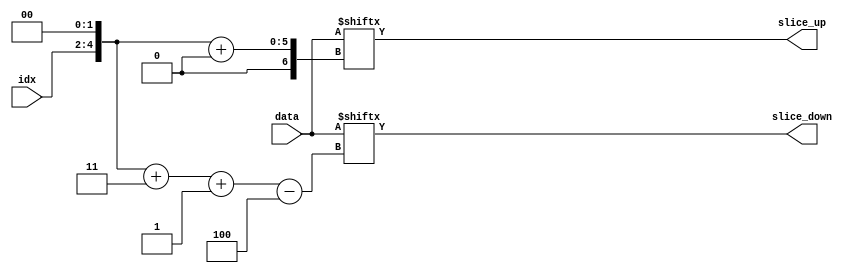
module partsel_test001(input [2:0] idx, input [31:0] data, output [3:0] slice_up, slice_down);
wire [5:0] offset = idx << 2;
assign slice_up = data[offset +: 4];
assign slice_down = data[offset + 3 -: 4];
endmodule

module partsel_test002 (
	input clk, rst,
	input [7:0] a,
	input [0:7] b,
	input [1:0] s,
	output [7:0] x1, x2, x3,
	output [0:7] x4, x5, x6,
	output [7:0] y1, y2, y3,
	output [0:7] y4, y5, y6,
	output [7:0] z1, z2, z3,
	output [0:7] z4, z5, z6,
	output [7:0] w1, w2, w3,
	output [0:7] w4, w5, w6,
	output [7:0] p1, p2, p3, p4, p5, p6,
	output [0:7] q1, q2, q3, q4, q5, q6,
	output reg [7:0] r1,
	output reg [0:7] r2
);

assign x1 = a, x2 = a + b, x3 = b;
assign x4 = a, x5 = a + b, x6 = b;
assign y1 = a[4 +: 3], y2 = a[4 +: 3] + b[4 +: 3], y3 = b[4 +: 3];
assign y4 = a[4 +: 3], y5 = a[4 +: 3] + b[4 +: 3], y6 = b[4 +: 3];
assign z1 = a[4 -: 3], z2 = a[4 -: 3] + b[4 -: 3], z3 = b[4 -: 3];
assign z4 = a[4 -: 3], z5 = a[4 -: 3] + b[4 -: 3], z6 = b[4 -: 3];
assign w1 = a[6:3], w2 = a[6:3] + b[3:6], w3 = b[3:6];
assign w4 = a[6:3], w5 = a[6:3] + b[3:6], w6 = b[3:6];
assign p1 = a[s], p2 = b[s], p3 = a[s+2 +: 2], p4 = b[s+2 +: 2], p5 = a[s+2 -: 2], p6 = b[s+2 -: 2];
assign q1 = a[s], q2 = b[s], q3 = a[s+2 +: 2], q4 = b[s+2 +: 2], q5 = a[s+2 -: 2], q6 = b[s+2 -: 2];

always @(posedge clk) begin
	if (rst) begin
		{ r1, r2 } = 16'h1337 ^ {a, b};
	end else begin
		case (s)
			0: begin
				r1[3:0] <= r2[0:3] ^ x1;
				r2[4:7] <= r1[7:4] ^ x4;
			end
			1: begin
				r1[2 +: 3] <= r2[5 -: 3] + x1;
				r2[3 +: 3] <= r1[6 -: 3] + x4;
			end
			2: begin
				r1[6 -: 3] <= r2[3 +: 3] - x1;
				r2[7 -: 3] <= r1[4 +: 3] - x4;
			end
			3: begin
				r1 <= r2;
				r2 <= r1;
			end
		endcase
	end
end

endmodule

module partsel_test003(input [2:0] a, b, input [31:0] din, output [3:0] dout);
assign dout = din[a*b +: 2];
endmodule

module partsel_test004 (
	input [31:0] din,
	input signed [4:0] n,
	output reg [31:0] dout
);
	always @(*) begin
		dout = 0;
		dout[n+1 +: 2] = din[n +: 2];
	end
endmodule


module partsel_test005 (
	input [31:0] din,
	input signed [4:0] n,
	output reg [31:0] dout
);
	always @(*) begin
		dout = 0;
		dout[n+1] = din[n];
	end
endmodule

module partsel_test006 (
	input [31:-32] din,
	input signed [4:0] n,
	output reg [31:-32] dout
);
	always @(*) begin
		dout = 0;
		dout[n+1 +: 2] = din[n +: 2];
	end
endmodule


module partsel_test007 (
	input [31:-32] din,
	input signed [4:0] n,
	output reg [31:-32] dout
);
	always @(*) begin
		dout = 0;
		dout[n+1] = din[n];
	end
endmodule